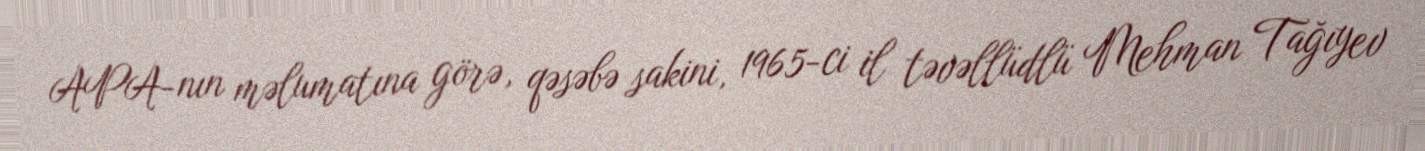
APA-nın məlumatına görə, qəsəbə sakini, 1965-ci il təvəllüdlü Mehman Tağıyev